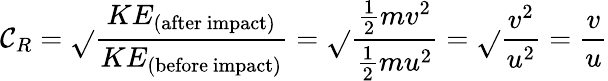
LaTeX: \mathcal{C}_{R}={\sqrt{}{{\frac{{KE_{\mathrm{{(after~impact)}}}}}{{KE_{\mathrm{{(before~impact)}}}}}}}}={\sqrt{}{{\frac{{{\frac{{1}}{{2}}}mv^{2}}}{{{\frac{{1}}{{2}}}mu^{2}}}}}}={\sqrt{}{{\frac{{v^{2}}}{{u^{2}}}}}}={\frac{{v}}{{u}}}